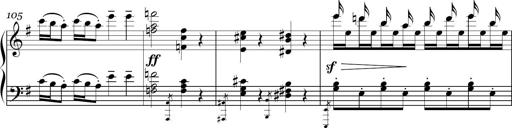
Title: Sonatina in E minor
Composer: Shuwen Zhang
Key: E minor